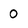
Character: 0